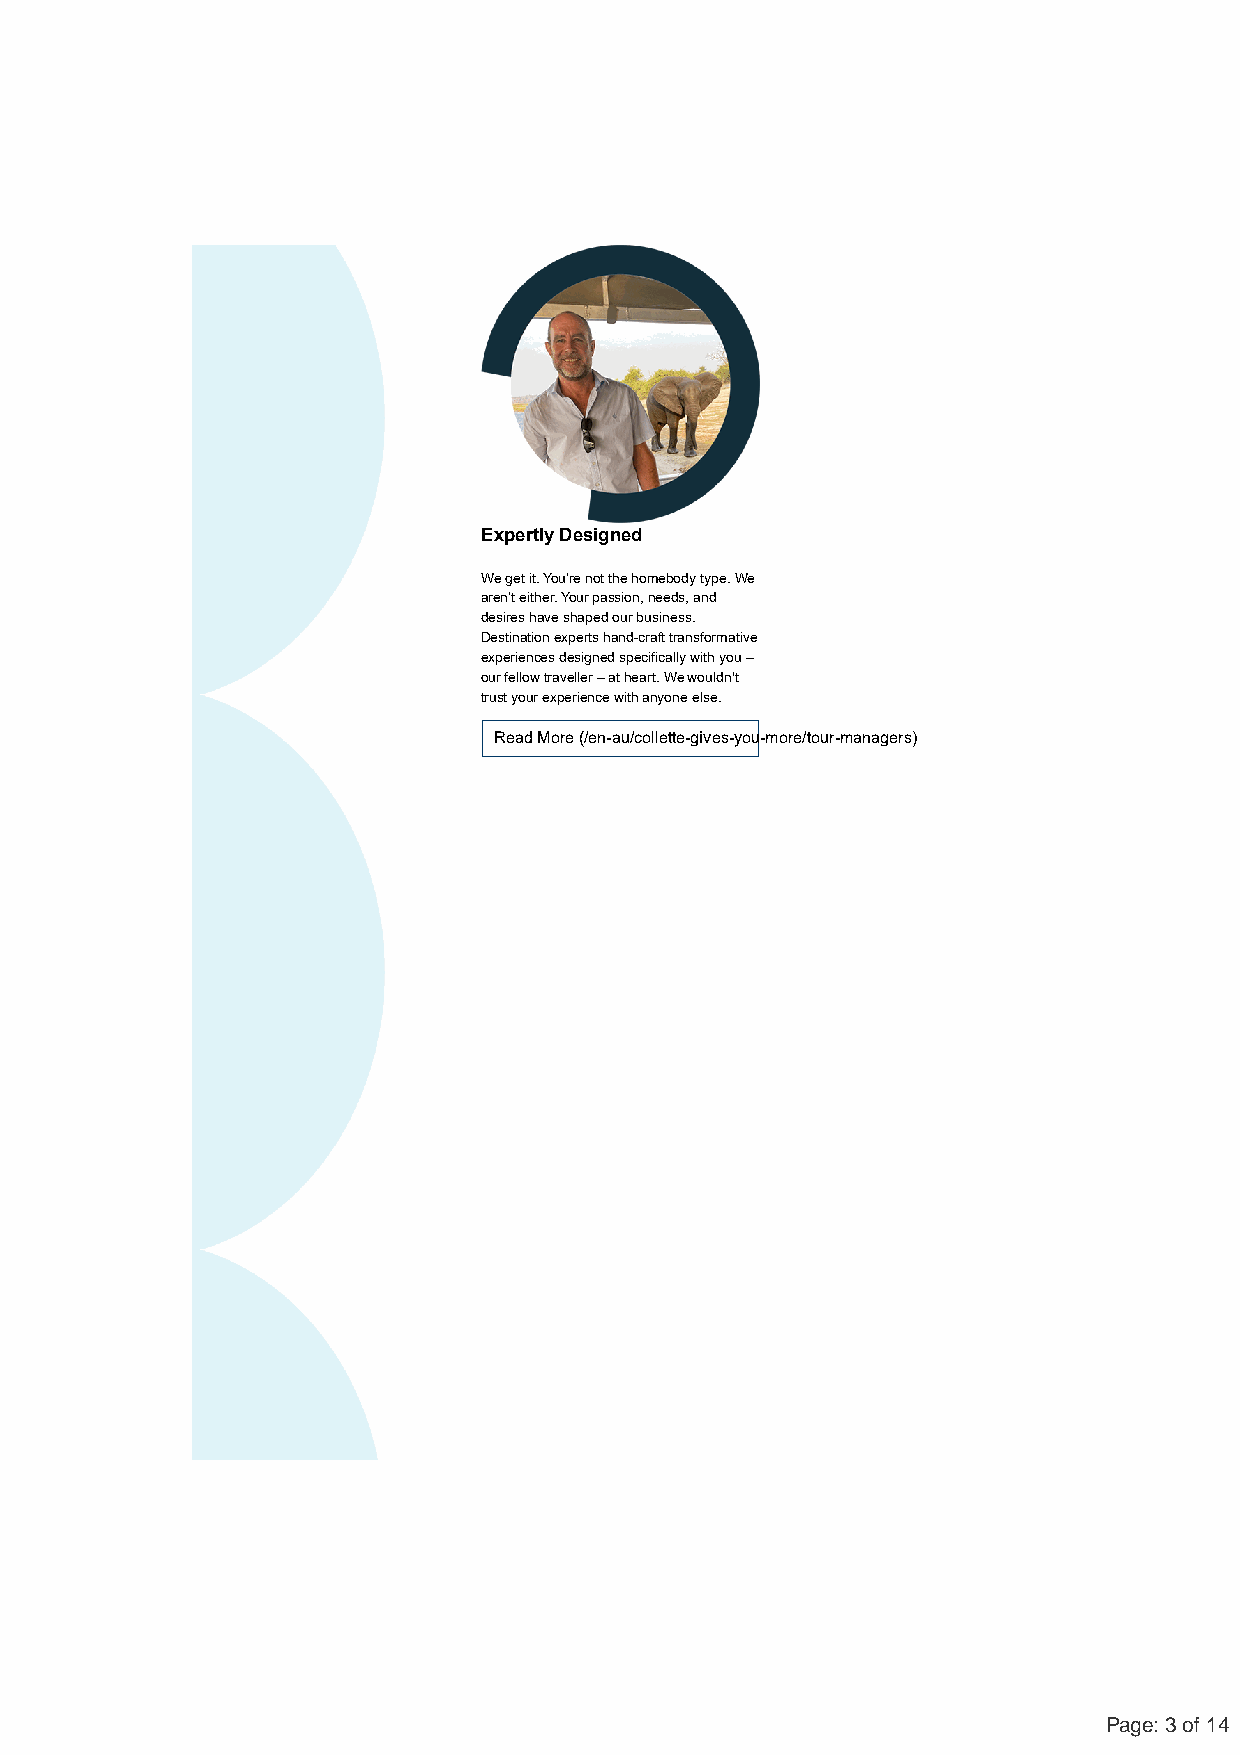
Expertly Designed
 We get it. You’re not the homebody type. We
 aren’t either. Your passion, needs, and
 desires have shaped our business.
 Destination experts hand-craft transformative
 experiences designed specifically with you –
 our fellow traveller – at heart. We wouldn't
 trust your experience with anyone else.
 Read More (/en-au/collette-gives-you-more/tour-managers)
 Page: 3 of 14